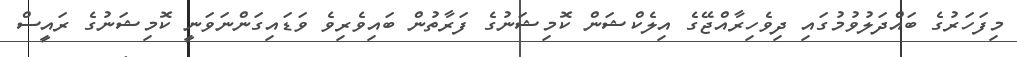
މިފަހަރުގެ ބައްދަލުވުމުގައި ދިވެހިރާއްޖޭގެ އިލެކްޝަން ކޮމިޝަނުގެ ފަރާތުން ބައިވެރިވެ ވަޑައިގަންނަވަނީ ކޮމިޝަނުގެ ރައީސް